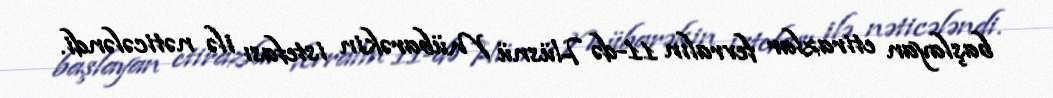
başlayan etirazlar fevralın 11-də Hüsnü Mübarəkin istefası ilə nəticələndi.